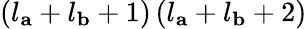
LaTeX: \left(l_{\mathbf{a}}+l_{\mathbf{b}}+1\right)\left(l_{\mathbf{a}}+l_{\mathbf{b}}+2\right)